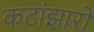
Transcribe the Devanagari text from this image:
कटांझारो